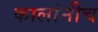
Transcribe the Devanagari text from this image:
कालांनीच